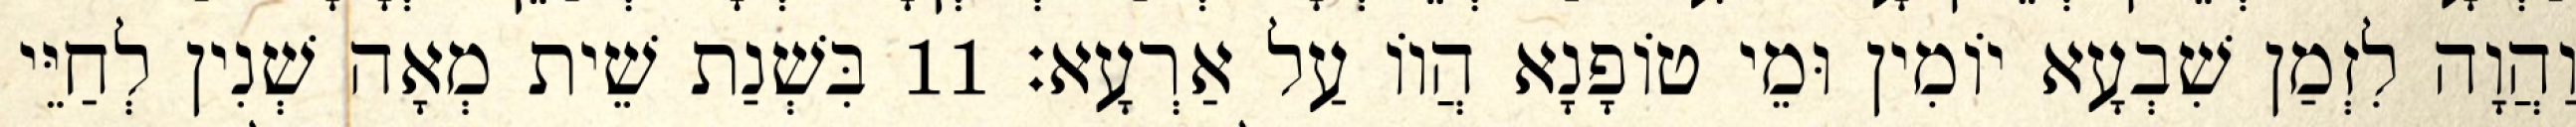
וַהֲוָה לִזְמַן שִׁבְעָא יוֹמִין וּמֵי טוֹפָנָא הֲווֹ עַל אַרְעָא׃ 11 בִּשְׁנַת שֵׁית מְאָה שְׁנִין לְחַיֵּי